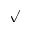
\surd